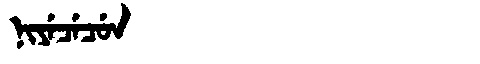
Manchu: ᠨᡳᠶᡝᠴᡝᠴᡠᠨ
Romanization: NIYECECUN